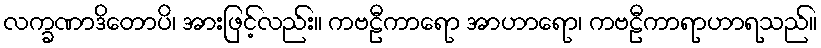
လက္ခဏာဒိတောပိ၊ အားဖြင့်လည်း။ ကဗဠီကာရော အာဟာရော၊ ကဗဠီကာရာဟာရသည်။